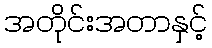
အတိုင်းအတာနှင့်